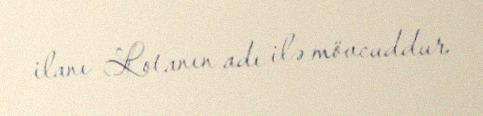
ilanı Lotanın adı ilə mövcuddur.